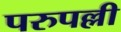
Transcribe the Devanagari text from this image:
परुपल्ली